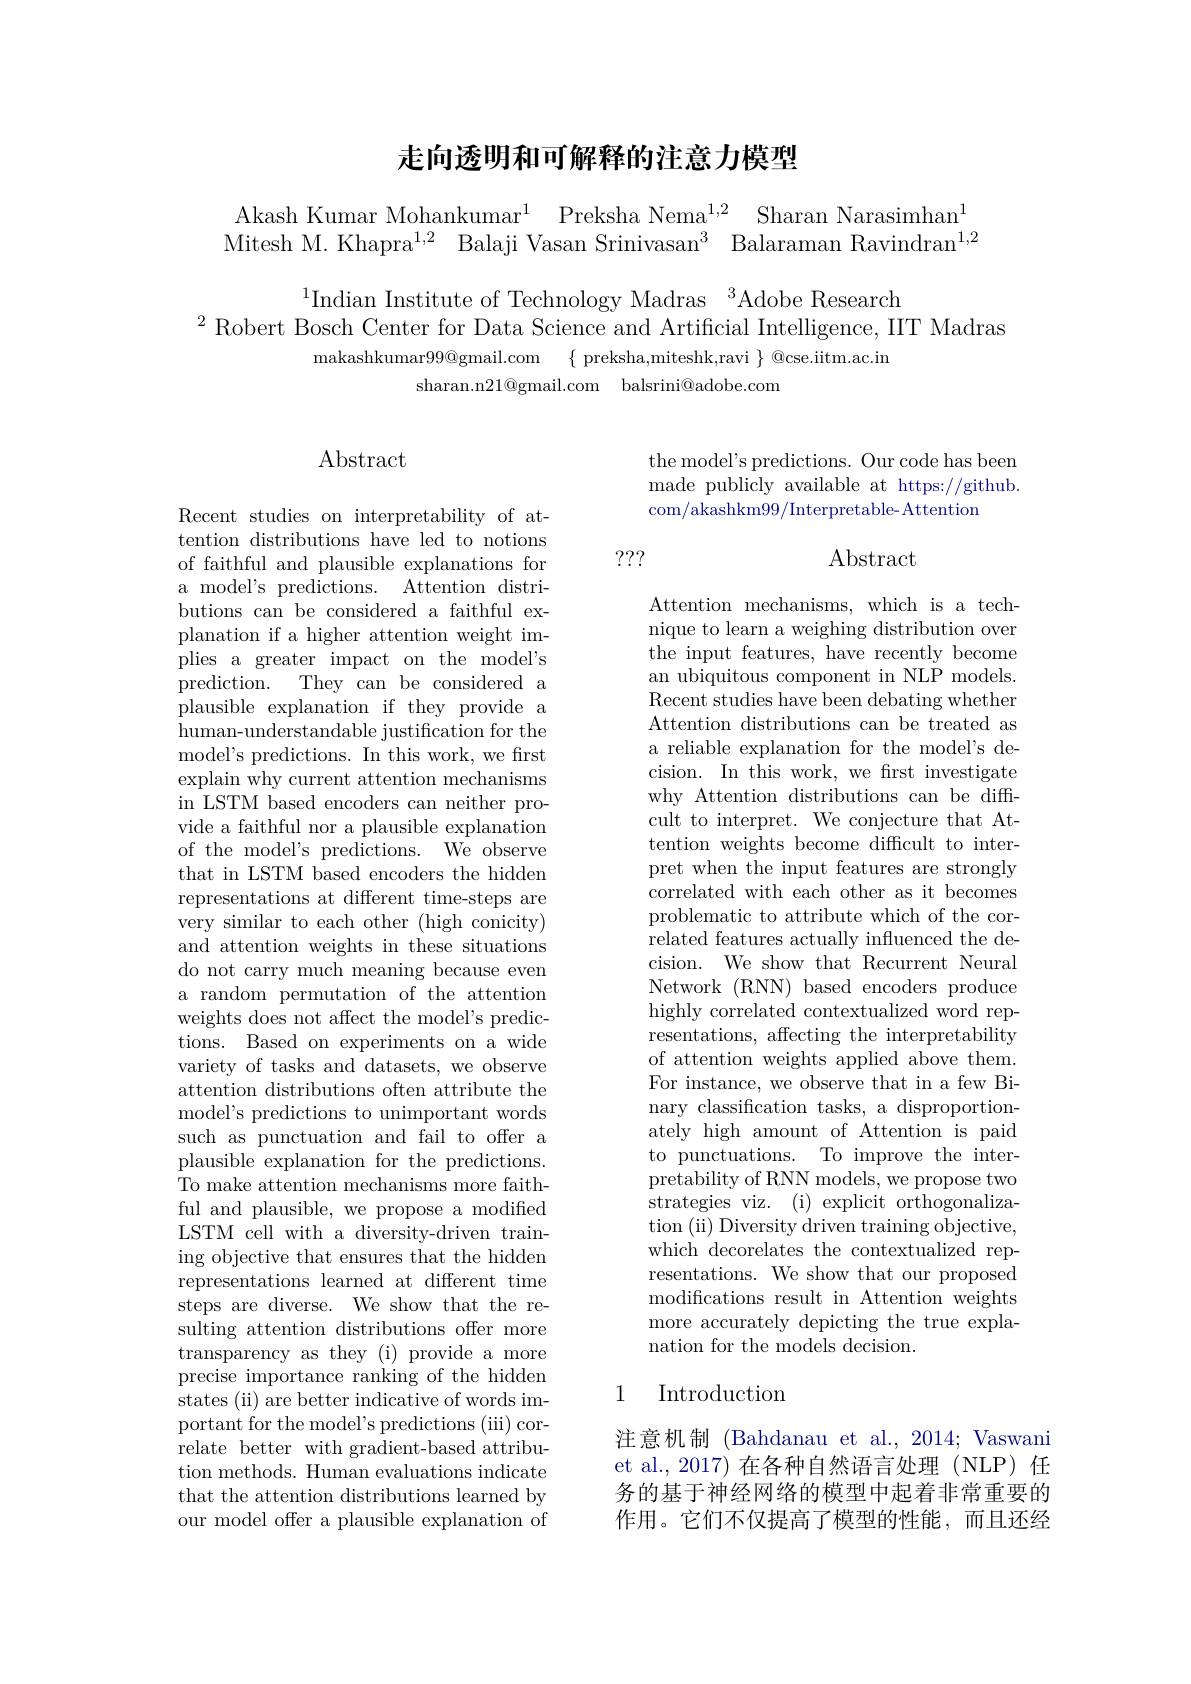
## 走向透明和可解释的注意力模型

Akash Kumar Mohankumar$^1$ Preksha Nema$^1, 2$ Sharan Narasimhan$^1$ Mitesh M. Khapra$^1,2$ Balaji Vasan Srinivasan$^3$ Balaraman Ravindran$^1,2$

$^{1}$Indian Institute of Technology Madras $^3$Adobe Research
$^2$Robert Bosch Center for Data Science and Artificial Intelligence, IIT Madras
makashkumar$99@$gmail.com $\{$ preksha,miteshk,ravi $\}$ @cse.iitm.ac.in
sharan.n21@gmail.com balsrini@adobe.com

## $\operatorname{Abstract}$

Recent studies on interpretability of attention distributions have led to notions of faithful and plausible explanations for a model's predictions. Attention distributions can be considered a faithful explanation if a higher attention weight implies a greater impact on the model's prediction.
They can be considered a
plausible explanation if they provide a human-understandable justification for the model's predictions. In this work, we frst explain why current attention mechanisms in LSTM based encoders can neither provide a faithful nor a plausible explanation of the model's predictions. We observe that in LSTM based encoders the hidden representations at different time-steps are very similar to each other (high conicity) and attention weights in these situations do not carry much meaning because even a random permutation of the attention weights does not affect the model's predictions. Based on experiments on a wide variety of tasks and datasets, we observe attention distributions often attribute the model's predictions to unimportant words such as punctuation and fail to offer a plausible explanation for the predictions. To make attention mechanisms more faithful and plausible, we propose a modified LSTM cell with a diversity-driven training objective that ensures that the hidden representations learned at different time steps are diverse. We show that the resulting attention distributions offer more transparency as they (i) provide a more precise importance ranking of the hidden states (ii) are better indicative of words important for the model's predictions (iii) correlate better with gradient-based attribution methods. Human evaluations indicate that the attention distributions learned by our model offer a plausible explanation of

the model's predictions. Our code has been made publicly available at https://github. com/akashkm99/Interpretable- Attention

???

## $\operatorname{Abstract}$

Attention mechanisms, which is a technique to learn a weighing distribution over the input features, have recently become an ubiquitous component in NLP models. Recent studies have been debating whether Attention distributions can be treated as a reliable explanation for the model's decision. In this work, we frst investigate why Attention distributions can be diffcult to interpret. We conjecture that Attention weights become difficult to interpret when the input features are strongly correlated with each other as it becomes problematic to attribute which of the correlated features actually influenced the decision. We show that Recurrent Neural Network (RNN) based encoders produce highly correlated contextualized word representations, affecting the interpretability of attention weights applied above them. For instance, we observe that in a few Binary classification tasks, a disproportionately high amount of Attention is paid to punctuations. To improve the interpretability of RNN models, we propose two strategies viz. (i) explicit orthogonalization (ii) Diversity driven training objective, which decorelates the contextualized representations. We show that our proposed modifications result in Attention weights more accurately depicting the true explanation for the models decision.

# 1 Introduction

注意机制 (Bahdanau et al., 2014; Vaswani et al., 2017) 在各种自然语言处理(NLP) 任务的基于神经网络的模型中起着非常重要的作用。它们不仅提高了模型的性能，而且还经